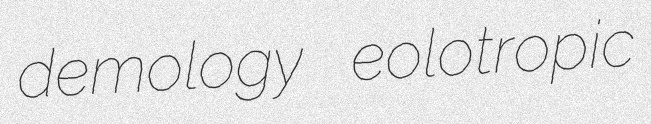
demology eolotropic